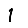
Digit: 1